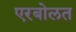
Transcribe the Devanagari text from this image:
एरबोलत